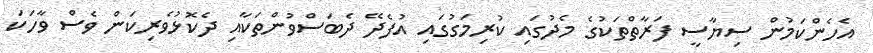
އެހެންކަމުން ސިޔާސީ ފަރާތްތަކުގެ މެދުގައި ކުރިމަގުގައި އުފެދޭ ދެބަސްވުންތަކާއި ދެކޮޅުވެރިކަން ވެސް ވާހަކަ